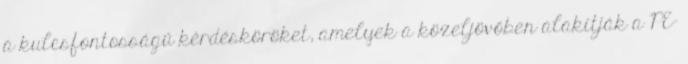
a kulcsfontosságú kérdésköröket, amelyek a közeljövőben alakítják a PE-